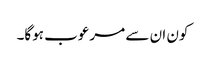
کون ان سے مرعوب ہوگا۔